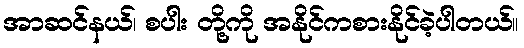
အာဆင်နယ်၊ စပါး တို့ကို အနိုင်ကစားနိုင်ခဲ့ပါတယ်။